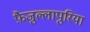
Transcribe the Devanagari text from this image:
फ़ैजुल्लापुरिया